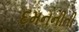
દમનનીતી